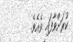
ކުރަށްވާފައި ވެއެވެ.